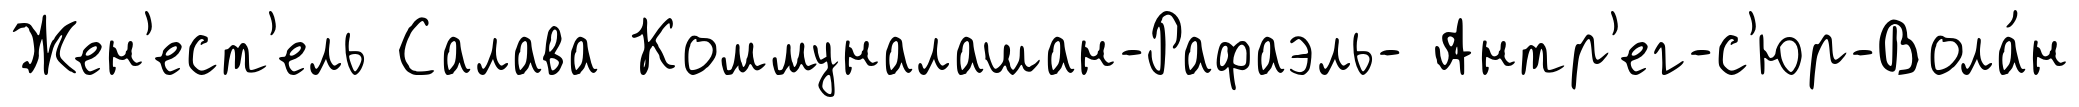
Жен'ест'ель Салава Коммуналашан-Рафаэль- Антр'ег-с'юр-Вола́н